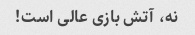
نه، آتش بازی عالی است!